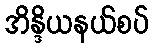
အိန္ဒိယနယ်စပ်